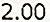
2.00